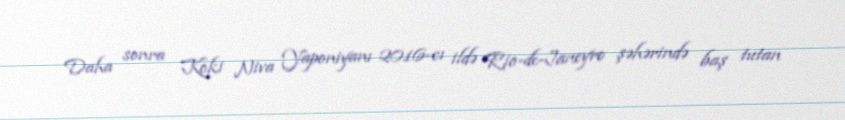
Daha sonra Koki Niva Yaponiyanı 2016-cı ildə Rio-de-Janeyro şəhərində baş tutan